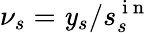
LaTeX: \nu_{s}=\mathit{y}_{s}/s_{s}^{\mathrm{{~i~n~}}}